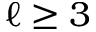
\ell \geq 3